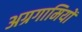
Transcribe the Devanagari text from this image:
अग्रगामियों